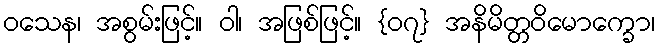
ဝသေန၊ အစွမ်းဖြင့်။ ဝါ၊ အဖြစ်ဖြင့်။ {၀၇} အနိမိတ္တဝိမောက္ခော၊